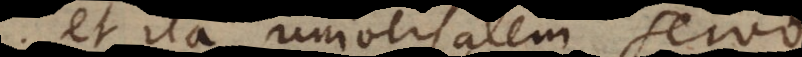
et ita universalem servo